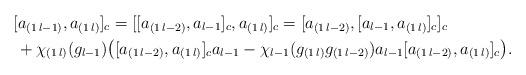
LaTeX: \begin{align*}&[a_{(1\,l-1)},a_{(1\,l)}]_c=[[a_{(1\,l-2)},a_{l-1}]_c,a_{(1\,l)}]_c=[a_{(1\,l-2)},[a_{l-1},a_{(1\,l)}]_c]_c\\&\,+\chi_{(1\,l)}(g_{l-1})\big([a_{(1\,l-2)},a_{(1\,l)}]_ca_{l-1}-\chi_{l-1}(g_{(1\,l)}g_{(1\,l-2)})a_{l-1}[a_{(1\,l-2)}, a_ {(1\,l)}]_c\big).\end{align*}